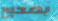
بصحيح